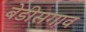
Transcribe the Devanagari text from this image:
बेडीसगाव